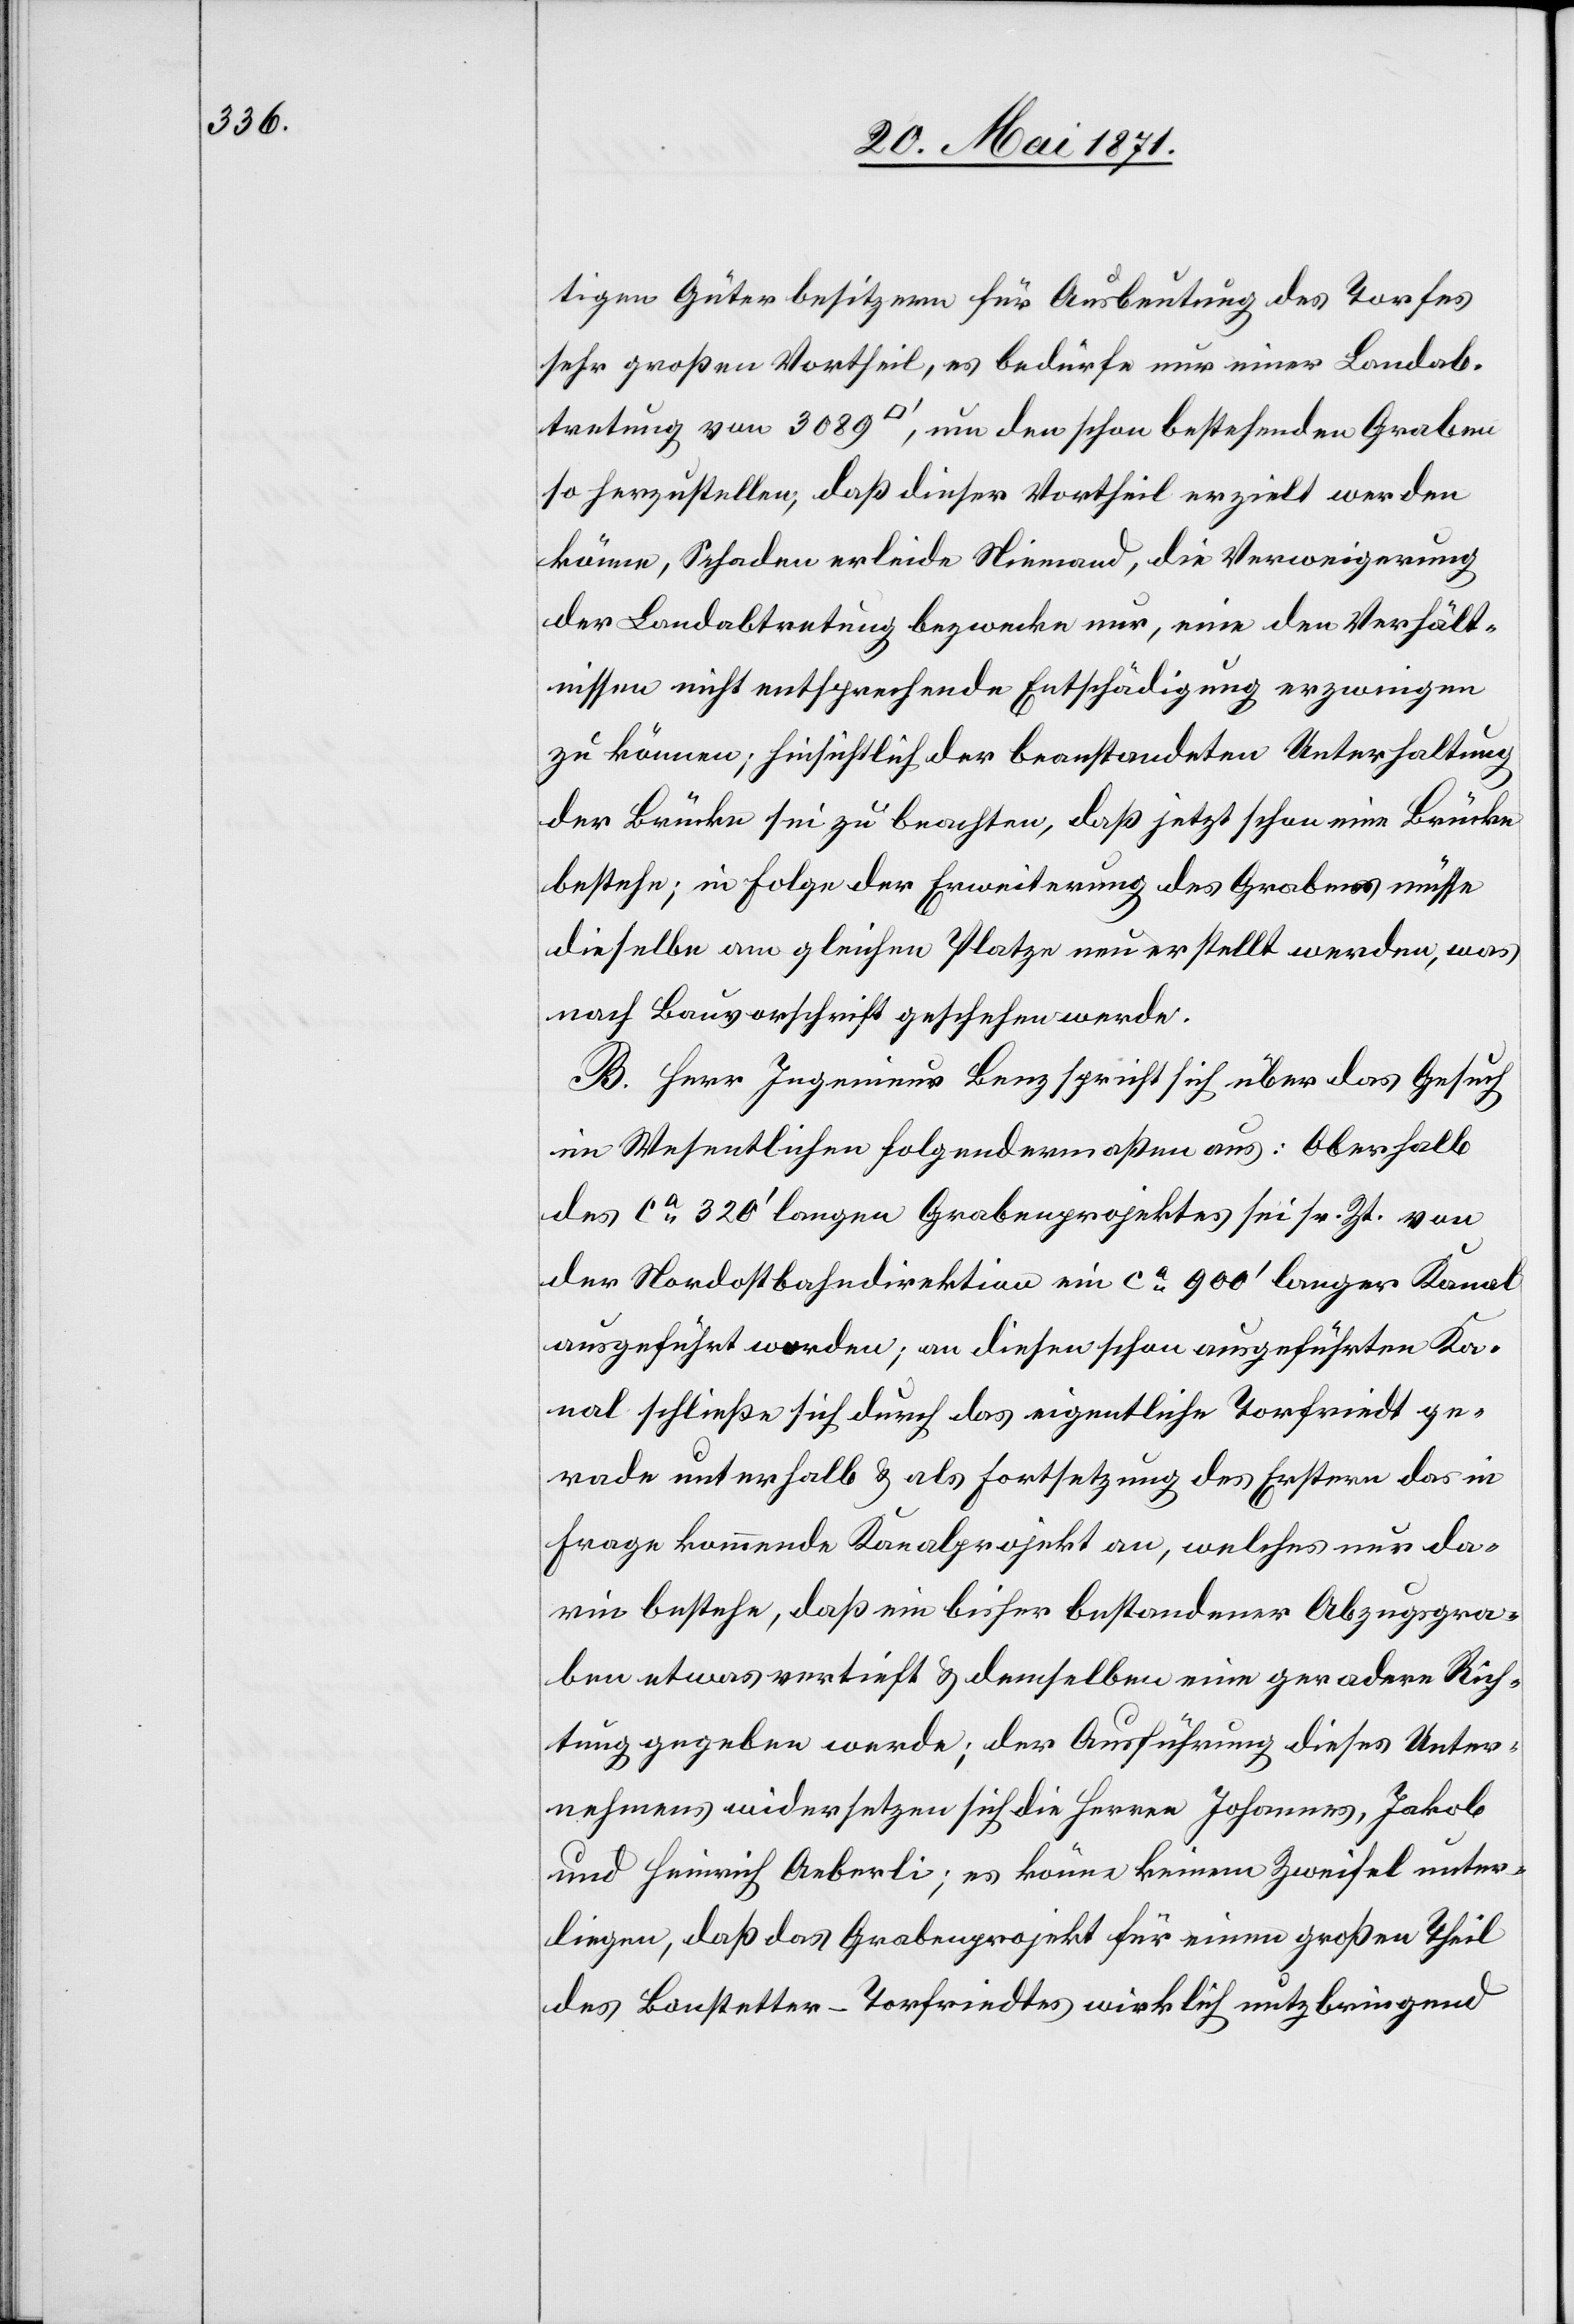
tigen Güterbesitzern für Ausbeutung des Torfes
sehr großen Vortheil, es bedürfe nur einer Landab¬
tretung von 3089 [Quadratfuss], um den schon bestehenden Graben
so herzustellen, daß dieser Vortheil erzielt werden
könne, Schaden erleide Niemand, die Verweigerung
der Landabtretung bezwecke nur, eine den Verhält¬
nissen nicht entsprechende Entschädigung erzwingen
zu können; Hinsichtlich der beanstandeten Unterhaltung
der Brücke sei zu beachten, daß jetzt schon eine Brücke
bestehe; in Folge der Erweiterung des Grabens müsse
dieselbe am gleichen Platze neu erstellt werden, was
nach Bauvorschrift geschehen werde.
B. Herr Ingenieur Benz spricht sich über das Gesuch
im Wesentlichen folgendermaßen aus: Oberhalb
des ca. 320‘ langen Grabenprojektes sei sr. Zt. von
der Nordostbahndirektion ein ca. 900‘ langer Kanal
ausgeführt worden; an diesen schon ausgeführten Ka¬
nal schließe sich durch das eigentliche Torfriedt ge¬
rade unterhalb u. als Fortsetzung des Erstern das in
Frage kommende Kanalprojekt an, welches nur da¬
rin bestehe, daß ein bisher bestandener Abzugsgra¬
ben etwas vertieft u. demselben eine geradere Rich¬
tung gegeben werde; der Ausführung dieses Unter¬
nehmens widersetzen sich die Herren Johannes, Jakob
und Heinrich Aeberli; es könne keinem Zweifel unter¬
liegen, daß das Grabenprojekt für einen großen Theil
des Bonstetter-Torfriedtes wirklich nutzbringend